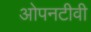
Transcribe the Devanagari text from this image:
ओपनटीवी